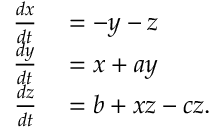
\begin{array} { r l } { \frac { d x } { d t } } & { { } = - y - z } \\ { \frac { d y } { d t } } & { { } = x + a y } \\ { \frac { d z } { d t } } & { { } = b + x z - c z . } \end{array}